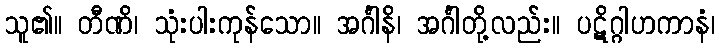
သူ၏။ တီဏိ၊ သုံးပါးကုန်သော။ အင်္ဂါနိ၊ အင်္ဂါတို့လည်း။ ပဋိဂ္ဂါဟကာနံ၊